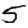
Digit: 5